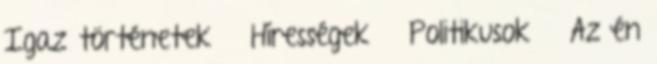
Igaz történetek » Hírességek » Politikusok » Az én